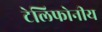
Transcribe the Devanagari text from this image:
टेलिफोनीय